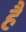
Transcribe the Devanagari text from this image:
है॑